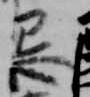
忌